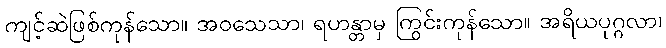
ကျင့်ဆဲဖြစ်ကုန်သော။ အဝသေသာ၊ ရဟန္တာမှ ကြွင်းကုန်သော။ အရိယပုဂ္ဂလာ၊